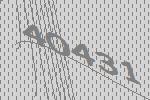
40431